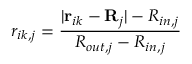
r _ { i k , j } = \frac { \lvert \mathbf { r } _ { i k } - \mathbf { R } _ { j } \rvert - R _ { i n , j } } { R _ { o u t , j } - R _ { i n , j } }